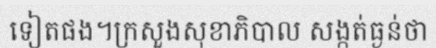
ទៀតផង។ក្រសួងសុខាភិបាល សង្កត់ធ្ងន់ថា